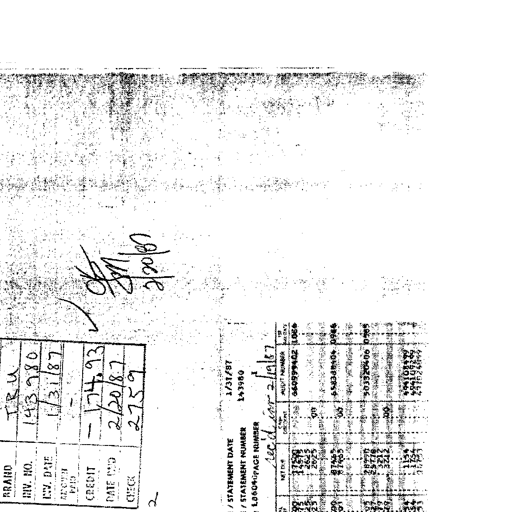
Transcript:
OK
SM
2/20/87

BRAND TRU
INV. NO. 143980
INV. DATE 1/31/87
AMOUNT PAID
CREDIT - 174.93
DATE PAID 2/20/87
CHECK 2759
2

STATEMENT DATE 1/31/87
STATEMENT NUMBER 143980
PAGE NUMBER 1
rec'd in 2/19/87

NET DUE CASH DISCOUNT AUDIT NUMBER DUE DATE
37500 660999402 1066
14575
2625
2025 00
87425 658388404 0946
81905 00
28950 503320406 0785
25778
3212
3212 00
1154 404108499
11754 404109209
23308 247102404